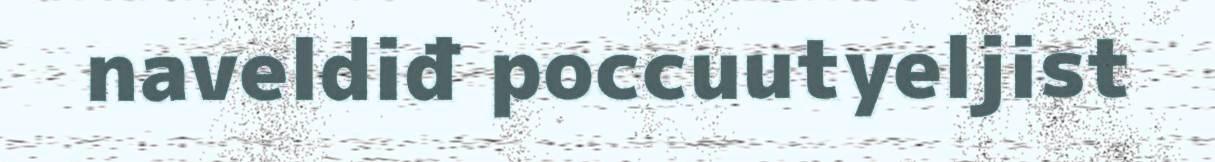
naveldiđ poccuutyeljist